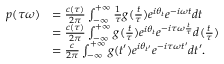
\begin{array} { r l } { p ( \tau \omega ) } & { = \frac { c ( \tau ) } { 2 \pi } \int _ { - \infty } ^ { + \infty } \frac { 1 } { \tau } g ( \frac { t } { \tau } ) e ^ { i \theta _ { t } } e ^ { - i \omega t } d t } \\ & { = \frac { c ( \tau ) } { 2 \pi } \int _ { - \infty } ^ { + \infty } g ( \frac { t } { \tau } ) e ^ { i \theta _ { t } } e ^ { - i \tau \omega \frac { t } { \tau } } d ( \frac { t } { \tau } ) } \\ & { = \frac { c } { 2 \pi } \int _ { - \infty } ^ { + \infty } g ( t ^ { \prime } ) e ^ { i \theta _ { t ^ { \prime } } } e ^ { - i \tau \omega t ^ { \prime } } d t ^ { \prime } . } \end{array}